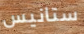
ستانيس